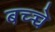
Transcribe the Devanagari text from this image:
बच्च्चे